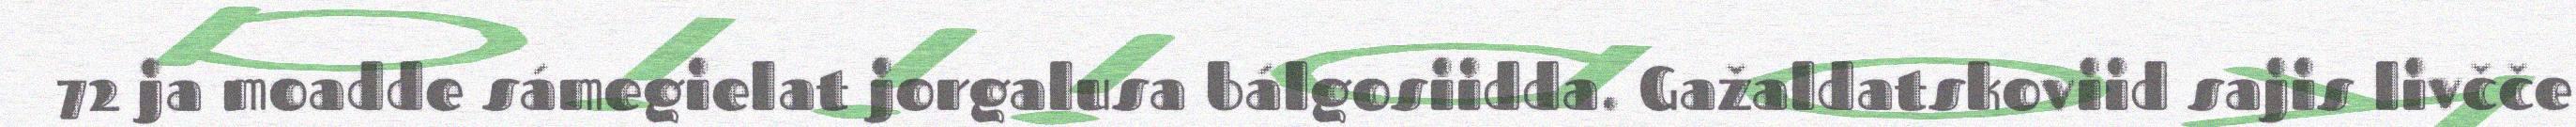
72 ja moadde sámegielat jorgalusa bálgosiidda. Gažaldatskoviid sajis livčče